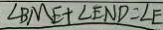
\angle B M E + \angle E N D = \angle E